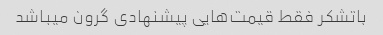
باتشکر فقط قیمت‌هایی پیشنهادی گرون میباشد